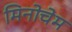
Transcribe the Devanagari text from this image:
मिनोचेम